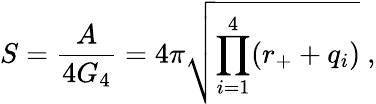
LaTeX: S={\frac{A}{4G_{4}}}=4\pi\sqrt{\prod_{i=1}^{4}(r_{+}+q_{i})}\ ,